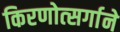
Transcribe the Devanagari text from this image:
किरणोत्‍सर्गाने